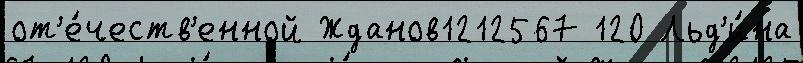
от'е́честв'енной Жданов1212567 120 Льд'и́на